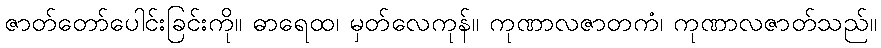
ဇာတ်တော်ပေါင်းခြင်းကို။ ဓာရေထ၊ မှတ်လေကုန်။ ကုဏာလဇာတကံ၊ ကုဏာလဇာတ်သည်။